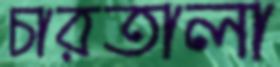
চারতালা